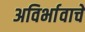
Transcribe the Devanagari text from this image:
अविर्भावाचे